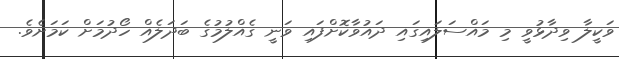
ވަކީލާ ވިދާޅުވީ މި މައްސަލައިގައި ދައުވާކޮށްފައި ވަނީ ގެއްލުމުގެ ބަދަލެއް ހޯދުމަށް ކަމަށެވެ.